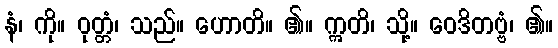
နံ၊ ကို။ ဝုတ္တံ၊ သည်။ ဟောတိ။ ၏။ ဣတိ၊ သို့။ ဝေဒိတဗ္ဗံ၊ ၏။